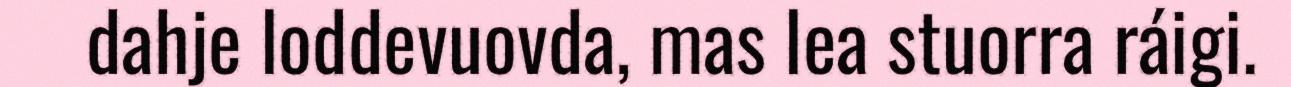
dahje loddevuovda, mas lea stuorra ráigi.